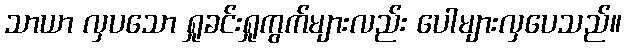
သာယာ လှပသော ရှုခင်းရှုကွက်များလည်း ပေါများလှပေသည်။